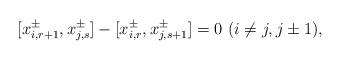
LaTeX: \begin{align*}[x_{i, r+1}^{\pm}, x_{j, s}^{\pm}] - [x_{i, r}^{\pm}, x_{j, s+1}^{\pm}] = 0 \ (i \neq j, j \pm 1), \end{align*}